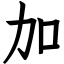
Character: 加